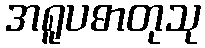
အရူပဓာတုသု